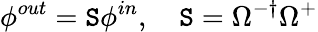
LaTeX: \phi^{out}=\mathtt{S}\phi^{in},\quad\mathtt{S}=\Omega^{-\dagger}\Omega^{+}